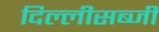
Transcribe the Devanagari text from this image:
दिल्लीसब्जी